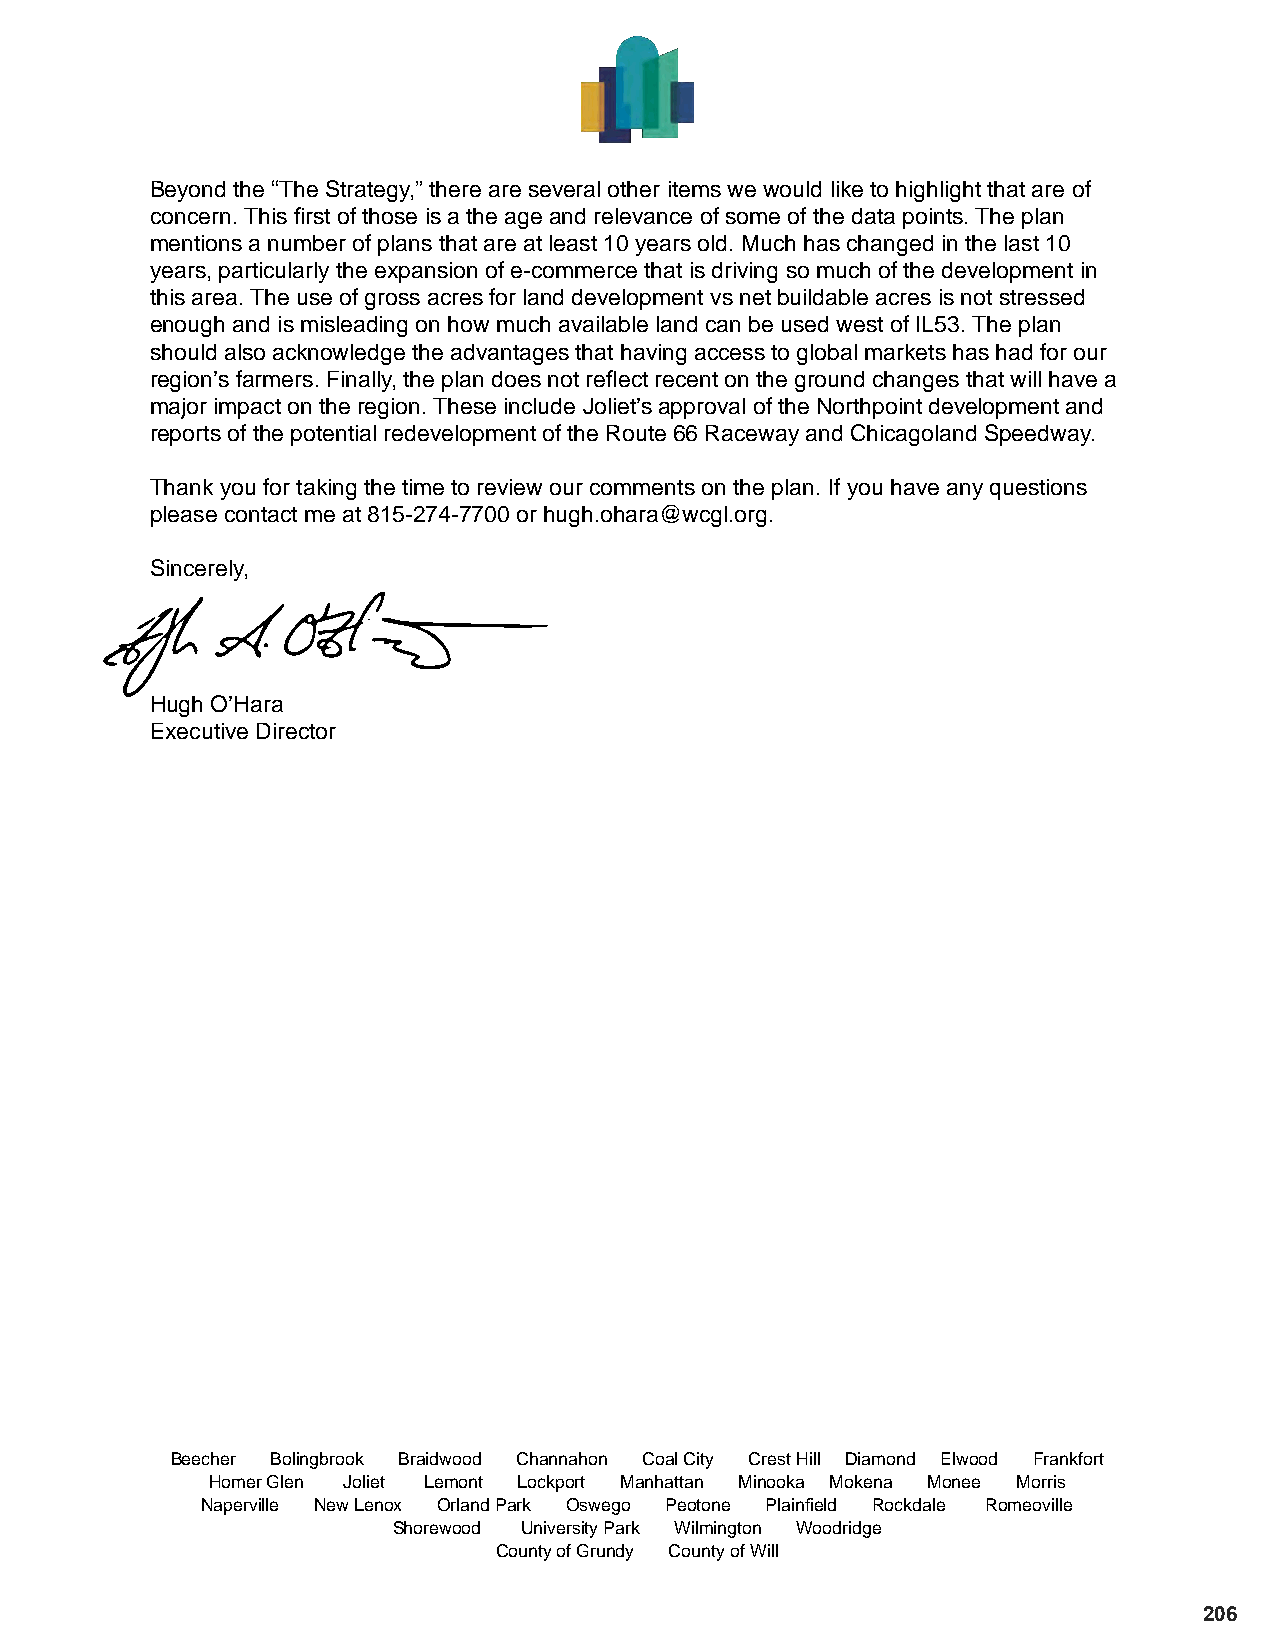
Beyond the “The Strategy,” there are several other items we would like to highlight that are of
 concern. This first of those is a the age and relevance of some of the data points. The plan
 mentions a number of plans that are at least 10 years old. Much has changed in the last 10
 years, particularly the expansion of e-commerce that is driving so much of the development in
 this area. The use of gross acres for land development vs net buildable acres is not stressed
 enough and is misleading on how much available land can be used west of IL53. The plan
 should also acknowledge the advantages that having access to global markets has had for our
 region’s farmers. Finally, the plan does not reflect recent on the ground changes that will have a
 major impact on the region. These include Joliet’s approval of the Northpoint development and
 reports of the potential redevelopment of the Route 66 Raceway and Chicagoland Speedway.
 Thank you for taking the time to review our comments on the plan. If you have any questions
 please contact me at 815-274-7700 or hugh.ohara@wcgl.org.
 Sincerely,
 Hugh O’Hara
 Executive Director
 Beecher Bolingbrook Braidwood Channahon Coal City Crest Hill Diamond Elwood Frankfort
 Homer Glen Joliet Lemont Lockport Manhattan Minooka Mokena Monee Morris
 Naperville New Lenox Orland Park Oswego Peotone Plainfield Rockdale Romeoville
 Shorewood University Park Wilmington Woodridge
 County of Grundy County of Will
 206